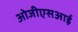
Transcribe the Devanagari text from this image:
ओजीएसआई